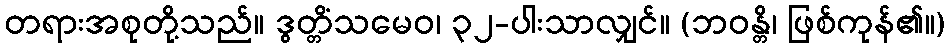
တရားအစုတို့သည်။ ဒွတ္တိံသမေဝ၊ ၃၂-ပါးသာလျှင်။ (ဘဝန္တိ၊ ဖြစ်ကုန်၏။)